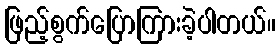
ဖြည့်စွက်ပြောကြားခဲ့ပါတယ်။